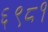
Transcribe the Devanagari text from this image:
६९८१